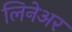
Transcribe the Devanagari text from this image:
लिनेअर